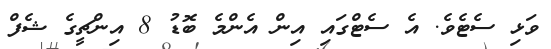
ވަޅި ސެޓެވެ. އެ ސެޓްގައި އިން އެންމެ ބޮޑު 8 އިންޗީގެ ޝެފް